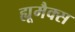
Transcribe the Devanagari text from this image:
ह्यूमैक्स